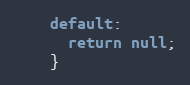
Language: Java
    default:
      return null;
    }